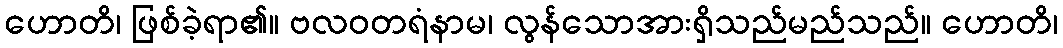
ဟောတိ၊ ဖြစ်ခဲ့ရာ၏။ ဗလဝတရံနာမ၊ လွန်သောအားရှိသည်မည်သည်။ ဟောတိ၊